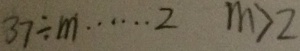
3 7 \div m \cdots 2 m > 2